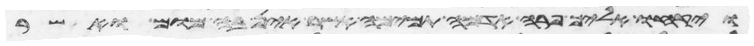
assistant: ויקחו אליך פרה אדמה תמימה אשר אין בה מום ואשר